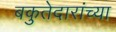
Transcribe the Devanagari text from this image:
बकुतेदारांच्या